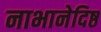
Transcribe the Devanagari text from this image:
नाभानेदिष्ठ